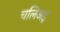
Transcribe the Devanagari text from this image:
चलिअइ